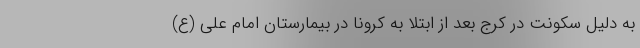
به دلیل سکونت در کرج بعد از ابتلا به کرونا در بیمارستان امام علی (ع)